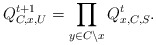
\begin{align*} Q_{C,x,U}^{t+1}=\prod_{y\in C\setminus x}Q_{x,C,S}^t.\end{align*}